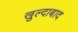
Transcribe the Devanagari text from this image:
खुल्‍दाबाद